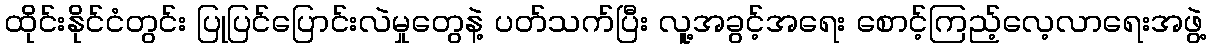
ထိုင်းနိုင်ငံတွင်း ပြုပြင်ပြောင်းလဲမှုတွေနဲ့ ပတ်သက်ပြီး လူ့အခွင့်အရေး စောင့်ကြည့်လေ့လာရေးအဖွဲ့